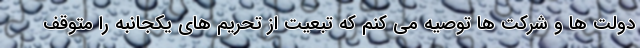
دولت ها و شرکت ها توصیه می کنم که تبعیت از تحریم های یکجانبه را متوقف